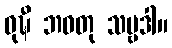
ဝုဍ္ဎီ ဘဝတု သဗ္ဗဒါ။